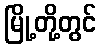
မြို့တို့တွင်